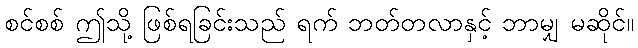
စင်စစ် ဤသို့ ဖြစ်ရခြင်းသည် ရက် ဘတ်တလာနှင့် ဘာမျှ မဆိုင်။